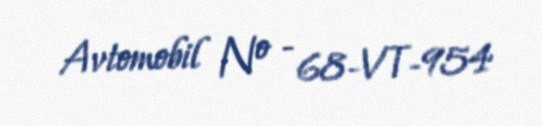
Avtomobil № - 68-VT-954